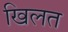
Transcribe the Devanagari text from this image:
खिलत